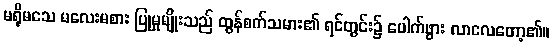
မရိုမသေ မလေးမစား ပြုမှုမျိုးသည် ထွန်စက်သမား၏ ရင်တွင်း၌ ပေါက်ဖွား လာလေတော့၏။